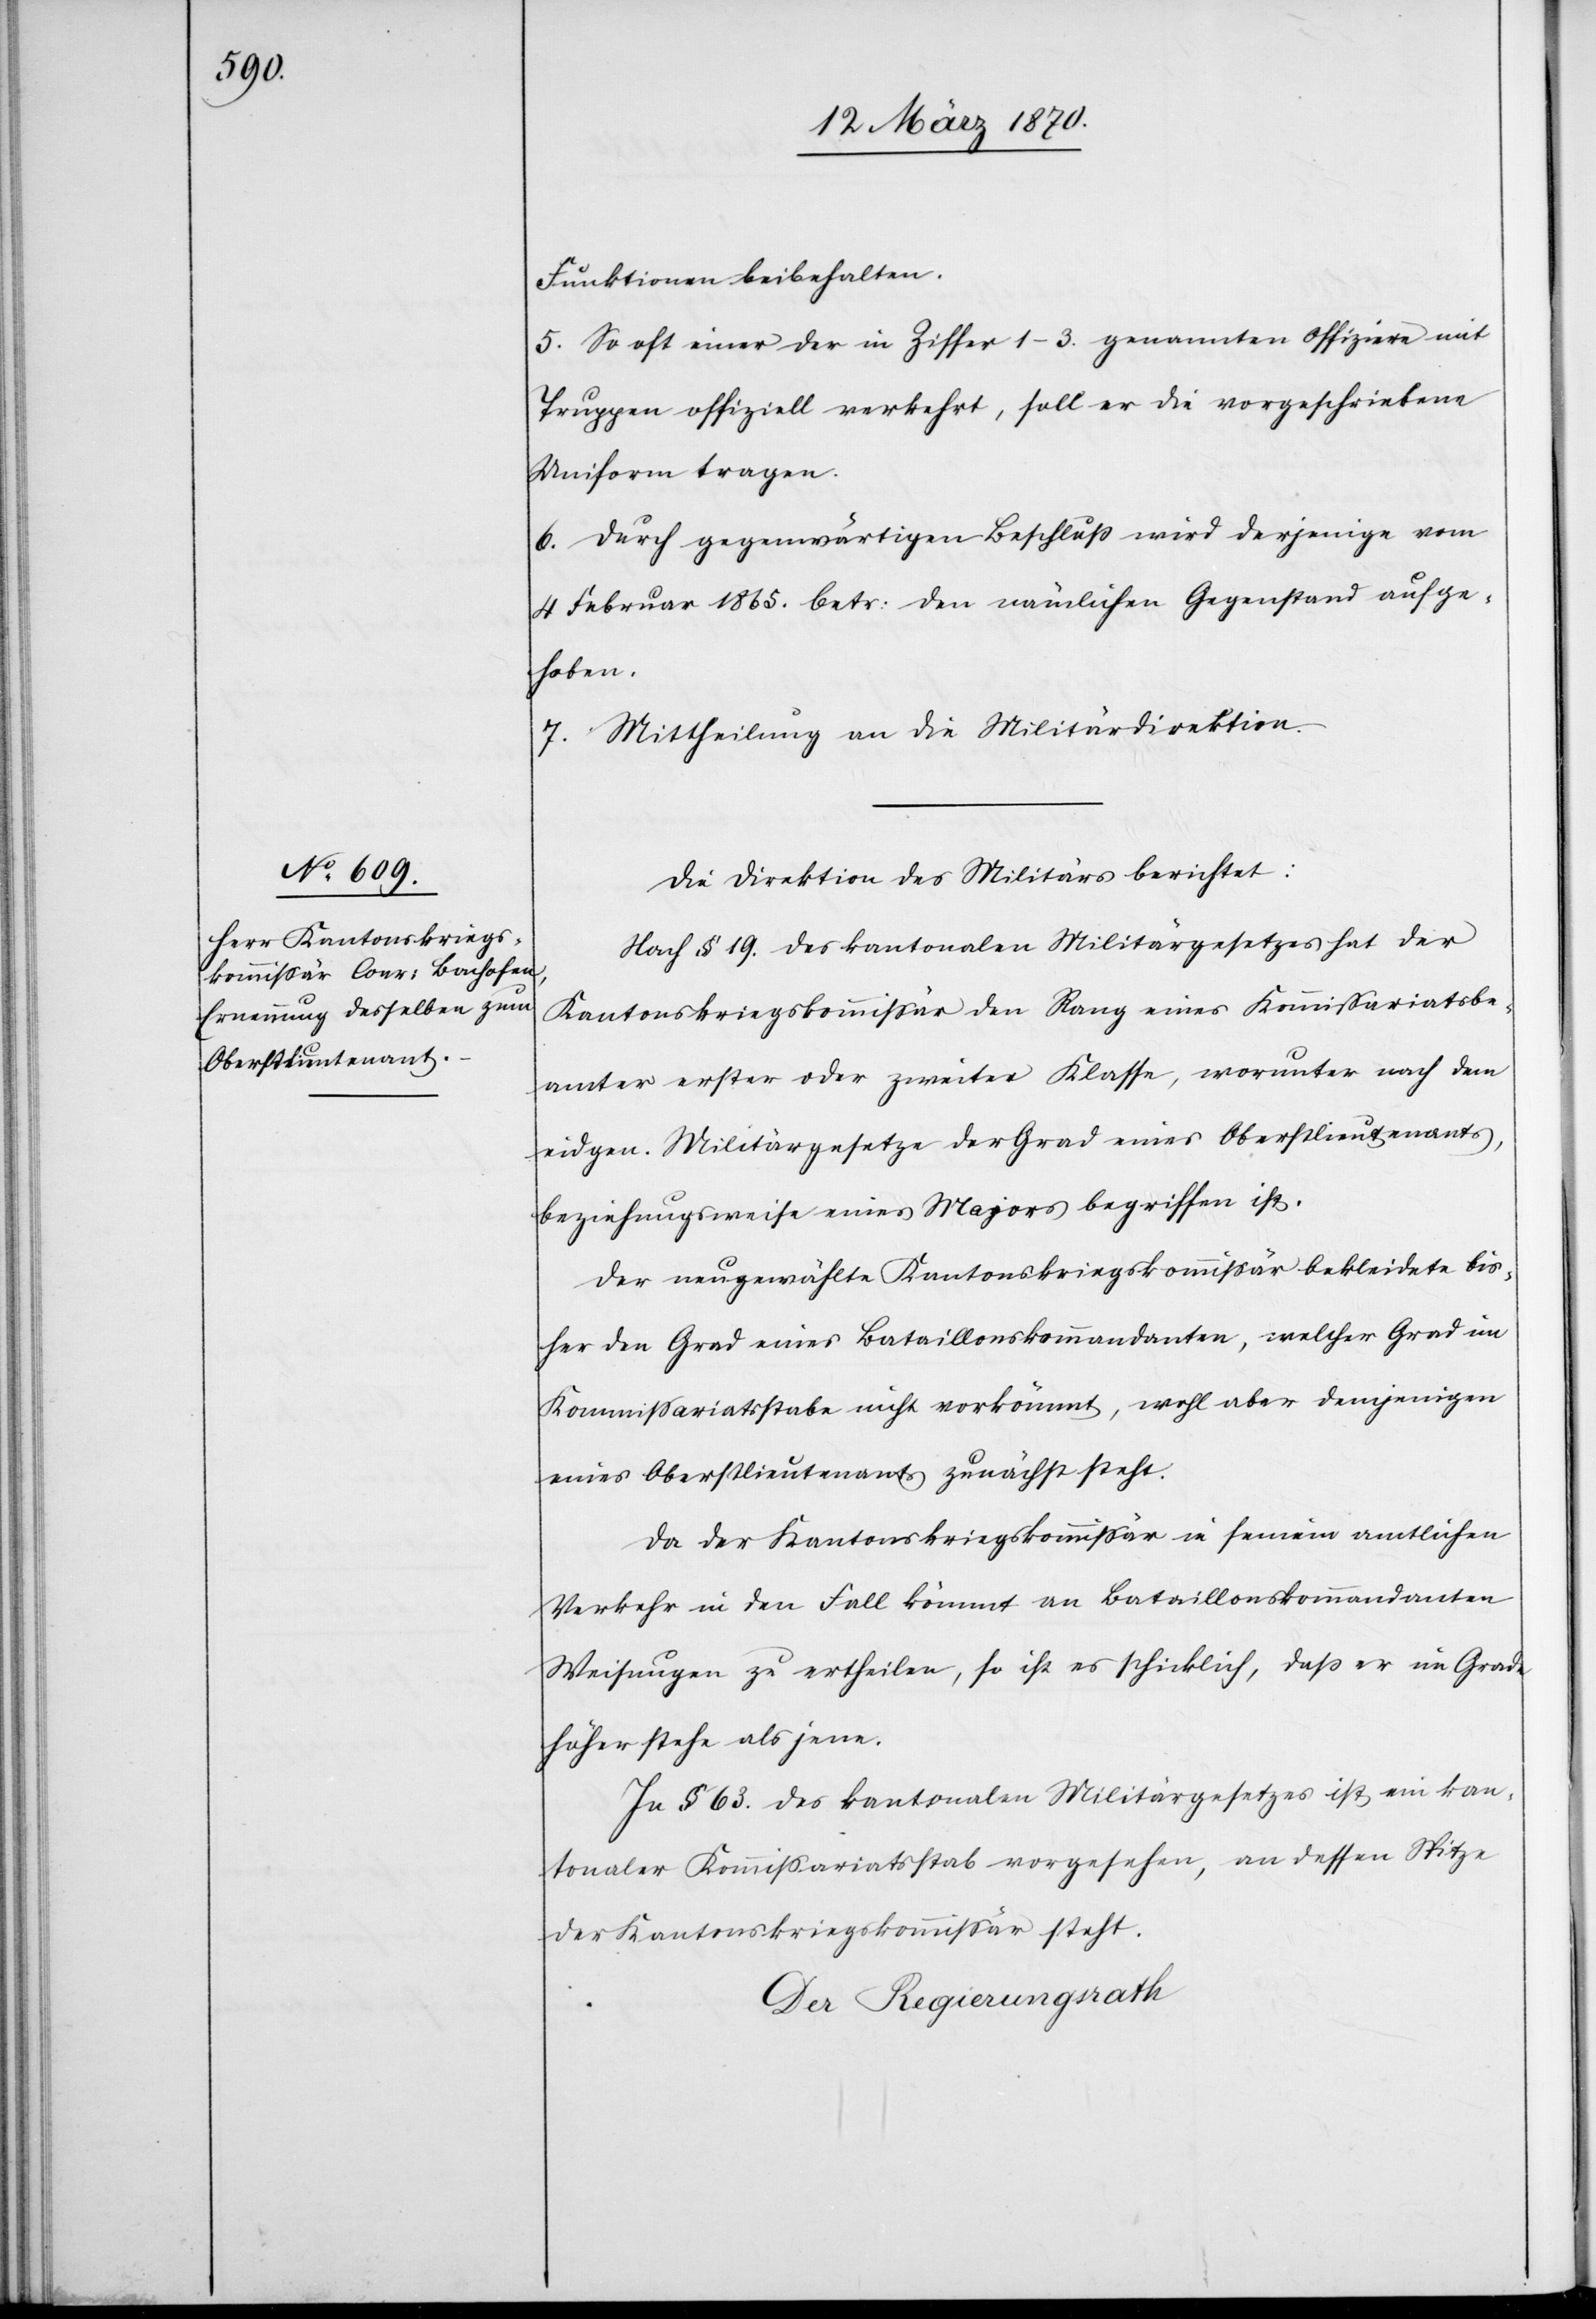
Funktionen beibehalten.
5. So oft einer der in Ziffer 1–3. genannten Offiziere mit
Truppen offiziell verkehrt, soll er die vorgeschriebene
Uniform tragen.
6. Durch gegenwärtigen Beschluß wird derjenige vom
4 Februar 1865. betr: den nämlichen Gegenstand aufge¬
hoben.
7. Mittheilung an die Militärdirektion.
Die Direktion des Militärs berichtet:
Nach § 19. des kantonalen Militärgesetzes hat der
Kantonskriegskommissär den Rang eines Kommissariatsbe¬
amter [sic!] erster oder zweiter Klasse, worunter nach dem
eidgen. Militärgesetze der Grad eines Oberstlieutenants,
beziehungsweise eines Majors begriffen ist.
Der neugewählte Kantonskriegskommissär bekleidete bis¬
her den Grad eines Bataillonskommandanten, welcher Grad im
Kommissariatsstabe nicht vorkömmt, wohl aber demjenigen
eines Oberstlieutenants zunächst steht.
Da der Kantonskriegskommissär in seinem amtlichen
Verkehr in den Fall kömmt an Bataillonskommandanten
Weisungen zu ertheilen, so ist es schicklich, daß er im Grade
höher stehe als jene.
In § 63. des kantonalen Militärgesetzes ist ein kan¬
tonaler Kommissariatsstab vorgesehen, an dessen Spitze
der Kantonskriegskommissär steht.
Der Regierungsrath